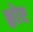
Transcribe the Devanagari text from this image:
श्लोए